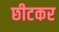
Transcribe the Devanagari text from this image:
छीटकर